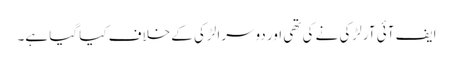
ایف آئی آر لڑکی نے کی تھی اور دوسرا لڑکی کے خلاف کیا گیا ہے۔